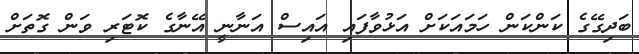
ބަދިގޭގެ ކަންކަން ހަމައަކަށް އަޅުވާފައި އައިސް އަނާނީ އޭނާގެ ކޮޓަރި ވަން ގޮތަށް